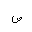
Letter: _sad